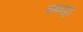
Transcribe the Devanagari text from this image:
कमांदपुरी